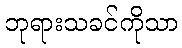
ဘုရားသခင်ကိုသာ